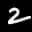
Label: 2